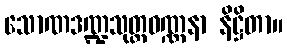
သောဏဒဏ္ဍသုတ္တဝဏ္ဏနာ နိဋ္ဌိတာ။